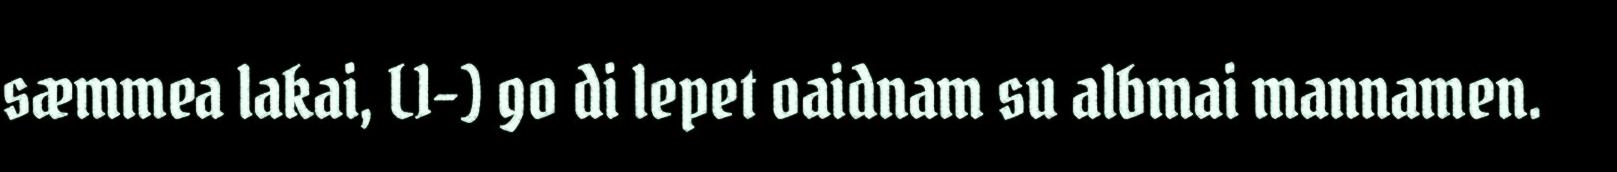
sæmmea lakai, L1-) go di lepet oaidnam su albmai mannamen.